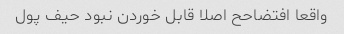
واقعا افتضاحح اصلا قابل خوردن نبود حیف پول